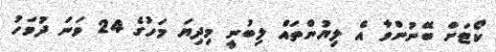
ކޯޓަށް ބޭނުންވާ އެ ލިޔުންތައް ލިބުނީ މިދިޔަ މަހުގެ 24 ވަނަ ދުވަހު